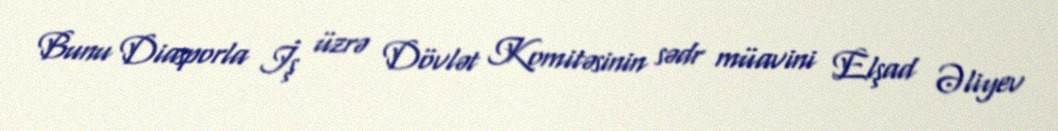
Bunu Diasporla İş üzrə Dövlət Komitəsinin sədr müavini Elşad Əliyev